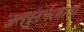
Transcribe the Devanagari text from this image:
जलपुनर्भरणाचा